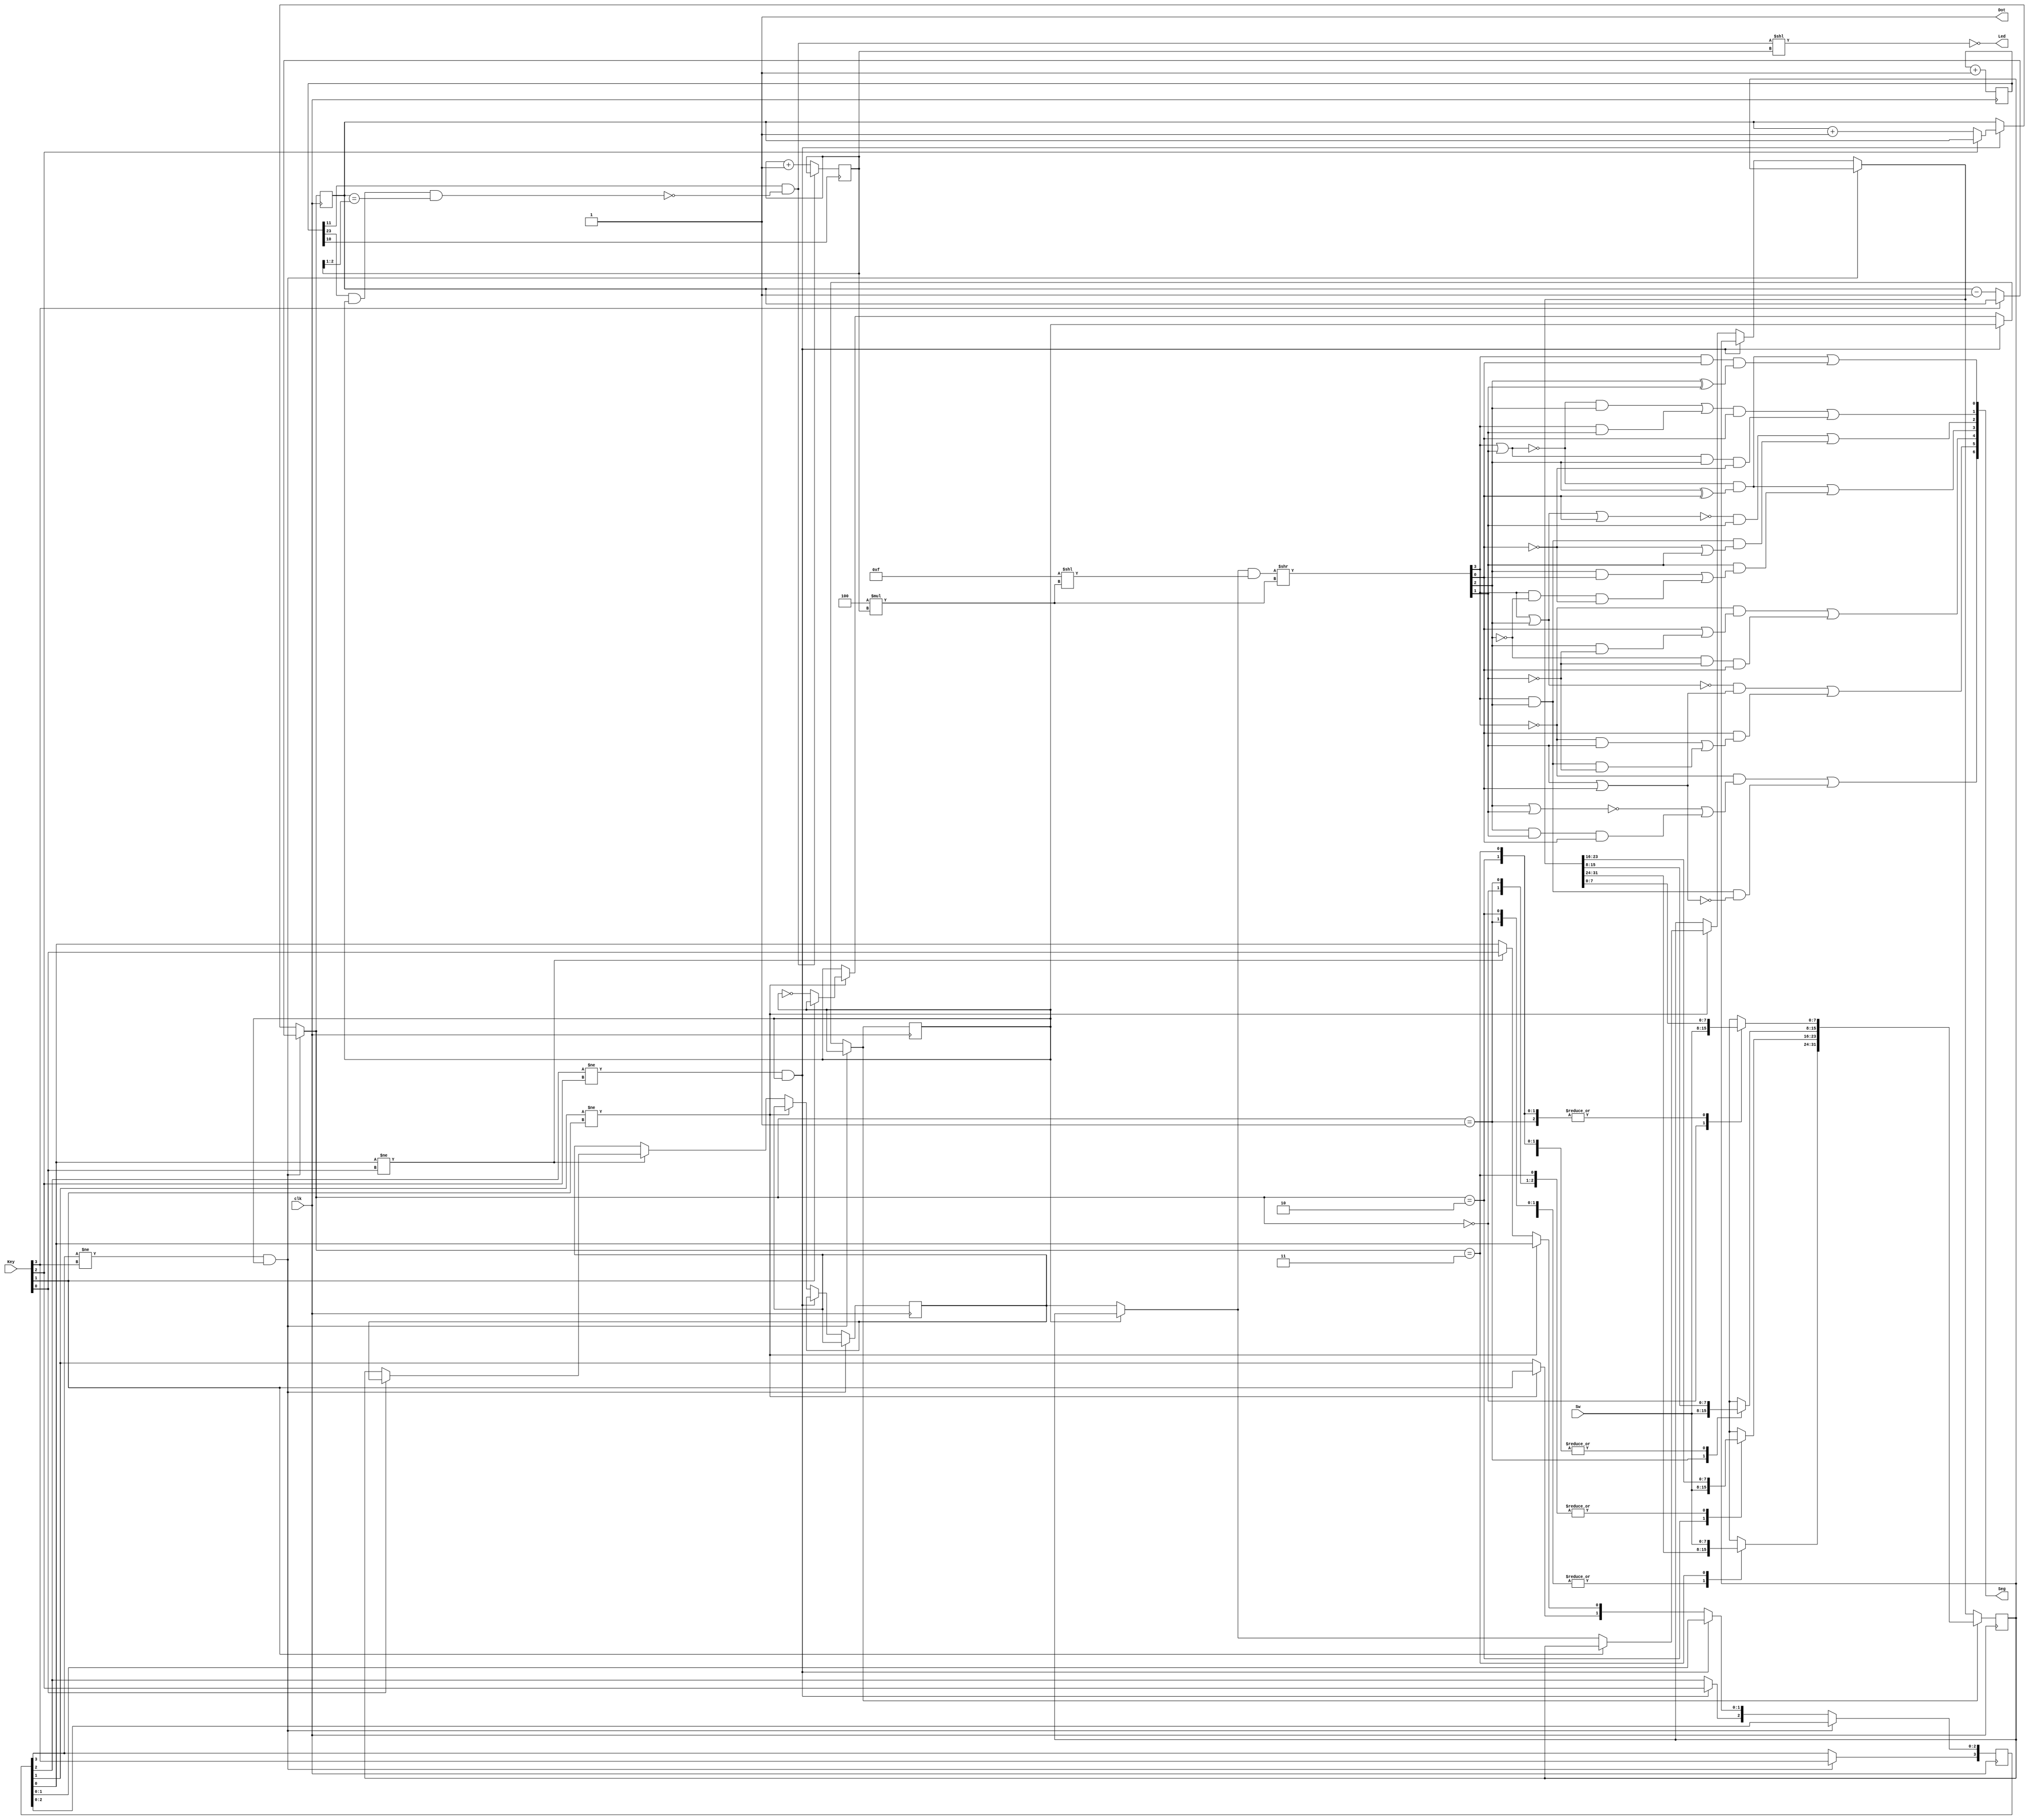
module TubeTest
(
input clk,
input wire [3:0] Key, //4 кнопочки
input wire[0:7] Sw, //Переключатели
output wire Dot, //Точка 
output wire [6:0] Seg,//7 сегментов индикатора. Как и точка, светятся при 0, не светятся при 1.
output wire [7:0] Led //Сами индикаторы. Светятся те, которые в 0.
);

parameter LedSwitchBit = 10; //бит счётчика, при изменении которого происходит переключение индикатора.
parameter LedBlinkBit=23;//бит счётчика для мигания настраеваемого светодиода.
wire  SegEnabled;
wire IsEditingCurrentLed;
wire [3:0]DispNum;//Число, отображаемое идикатором. (0-F)

reg [2:0] CurrentActiveLed;
reg [1:0] CurrentEditGroup;
reg EditMode;
reg [31:0] ClockCount;
reg [31:0]StoredNum;
reg [31:0]EditNum;
reg [3:0]OldKey;
reg [3:0]ButtonLock;
assign Dot=1'b1;//Точка не нужна.

assign Seg[0]= ~(DispNum[3]|DispNum[1])&(DispNum[2]^DispNum[0])|(DispNum[3]&DispNum[0])&(DispNum[2]^DispNum[1]);
assign Seg[1]= (~(DispNum[3]|DispNum[1])&DispNum[2]|DispNum[3]&DispNum[1])&DispNum[0]|(DispNum[3]|DispNum[1])&DispNum[2]&~DispNum[0];
assign Seg[2]= ~(DispNum[3]|DispNum[2]|DispNum[0])&DispNum[1]|DispNum[3]&DispNum[2]&(~DispNum[0]|DispNum[1]);
assign Seg[3]= ~(DispNum[3]|DispNum[1])&(DispNum[2]^DispNum[0])|DispNum[1]&(DispNum[2]&DispNum[0]|DispNum[3]&~DispNum[2]&~DispNum[0]);
assign Seg[4]= ~DispNum[3]&(DispNum[0]|DispNum[2]&~DispNum[1])|~DispNum[2]&~DispNum[1]&DispNum[0];
assign Seg[5]= ~(DispNum[3]|DispNum[2])&(DispNum[1]|DispNum[0])|DispNum[0]&(~DispNum[3]&DispNum[1]|DispNum[3]&DispNum[2]&~DispNum[1]);
assign Seg[6]= ~DispNum[3]&(~(DispNum[2]|DispNum[1])|DispNum[2]&DispNum[1]&DispNum[0])|DispNum[3]&DispNum[2]&~(DispNum[0]|DispNum[1]);
//assign Led=8'b0;

//assign IsEditingCurrentLed=ClockCount[LedBlinkBit]&EditMode&(((!CurrentEditGroup[0]&!CurrentActiveLed[0])|(CurrentEditGroup[0]&CurrentActiveLed[0]))&((!CurrentEditGroup[1]&!CurrentActiveLed[1])|(CurrentEditGroup[1]&CurrentActiveLed[1])));
//assign  IsEditingCurrentLed=ClockCount[LedBlinkBit]&EditMode&(!CurrentEditGroup[1]&!CurrentActiveLed[2]|CurrentEditGroup[1]&CurrentActiveLed[2])&(!CurrentEditGroup[0]&!CurrentActiveLed[1]|CurrentEditGroup[0]&CurrentActiveLed[1]);
assign  IsEditingCurrentLed=ClockCount[LedBlinkBit]&&EditMode&&(CurrentEditGroup==CurrentActiveLed[2:1]);
assign SegEnabled=ClockCount[LedSwitchBit+1]&(!IsEditingCurrentLed);
assign Led=~(SegEnabled<<CurrentActiveLed);
assign DispNum=((EditMode?EditNum:StoredNum)&4'hF<<(4*CurrentActiveLed))>>(4*CurrentActiveLed);

initial                                                
begin                                                  
  //SegEnabled = 1'b1;
  CurrentActiveLed=3'b0;
  ClockCount=32'b0;                                        
  StoredNum=32'h0A1B2C3D;
  OldKey=4'b1111; //
  ButtonLock=3'b0000;
  CurrentEditGroup=2'b00;
  EditMode=1'b0;
end      

always @ ( posedge clk ) ClockCount<=ClockCount+1;
 

always @ ( negedge ClockCount[LedSwitchBit] ) 
begin
	if(!SegEnabled)
		CurrentActiveLed=CurrentActiveLed+1;
end


always @ (posedge ClockCount[15])	ButtonLock=4'b0000;
always @ (posedge clk )
begin
	if(OldKey[3]!=Key[3]&&EditMode)
	begin
		OldKey[3]=Key[3];
		if(!Key[3]&&!ButtonLock[3])
		begin
			CurrentEditGroup=CurrentEditGroup-1;
			//ButtonLock[3]=1'b1;
		end
	end
	else if(OldKey[2]!=Key[2]&&EditMode)
	begin
		OldKey[2]=Key[2];
		if(!Key[2]&&!ButtonLock[2])
		begin
			CurrentEditGroup=CurrentEditGroup+1;
			//ButtonLock[2]=1'b1;
		end
	end
	else if(OldKey[1]!=Key[1])
	begin
		OldKey[1]=Key[1];
		if(!Key[1]&&!ButtonLock[1])
		begin
			EditMode=!EditMode;
			if(EditMode)	EditNum=StoredNum;
			//ButtonLock[1]=1'b1;
		end
	end
	else if(OldKey[0]!=Key[0])
	begin
		OldKey[0]=Key[0];
		if(!Key[0]&&!ButtonLock[0])
		begin
			StoredNum=EditNum;
			//ButtonLock[1]=1'b1;
		end
	end
	if(EditMode)
	begin
		case (CurrentEditGroup)
		  2'b00 : EditNum[7:0]=Sw;
		  2'b01 : EditNum[15:8]=Sw;
		  2'b10 : EditNum[23:16]=Sw;
		  2'b11 : EditNum[31:24]=Sw;
endcase
	end
end
	

endmodule